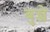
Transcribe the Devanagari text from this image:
बुन्जे